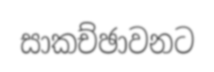
සාකච්ඡාවනට